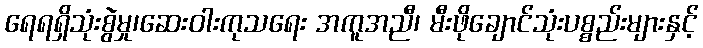
ရေရရှိသုံးစွဲမှု၊ဆေးဝါးကုသရေး အကူအညီ၊ မီးဖိုချောင်သုံးပစ္စည်းများနှင့်